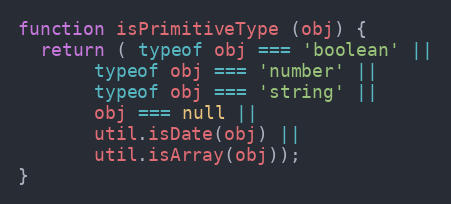
Language: JavaScript
function isPrimitiveType (obj) {
  return ( typeof obj === 'boolean' ||
       typeof obj === 'number' ||
       typeof obj === 'string' ||
       obj === null ||
       util.isDate(obj) ||
       util.isArray(obj));
}